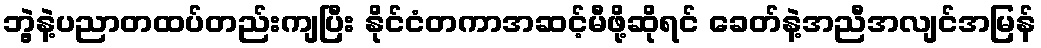
ဘွဲ့နဲ့ပညာတထပ်တည်းကျပြီး နိုင်ငံတကာအဆင့်မီဖို့ဆိုရင် ခေတ်နဲ့အညီအလျင်အမြန်